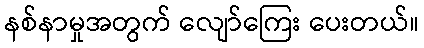
နစ်နာမှုအတွက် လျော်ကြေး ပေးတယ်။